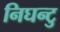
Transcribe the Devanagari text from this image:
निघन्टु